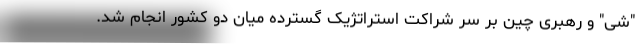
"شی" و رهبری چین بر سر شراکت استراتژیک گسترده میان دو کشور انجام شد.